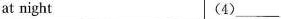
at night (4)___